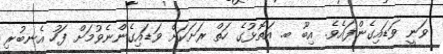
ވަނީ ވަޑައިގެންފައެވެ. އިބޫ ބ. އަތޮޅުގެ ހަތް ރަށަކަށް ވަޑައިގެންނެވުމަށް ފަހު އެނބުރި